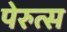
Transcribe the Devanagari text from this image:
पेरुत्स